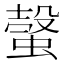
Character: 螜